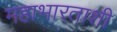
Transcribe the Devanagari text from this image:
महाभारताशी